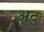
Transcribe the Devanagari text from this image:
अट्